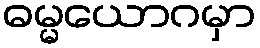
ဓမ္မယောဂမှာ